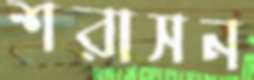
শরাসন